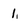
Character: 1